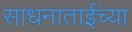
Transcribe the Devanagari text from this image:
साधनाताईंच्या